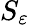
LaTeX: S_{\varepsilon}